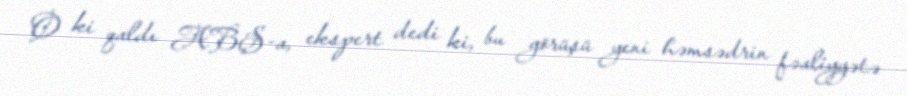
O ki qaldı ABŞ-a, ekspert dedi ki, bu görüşü yeni həmsədrin fəaliyyətə